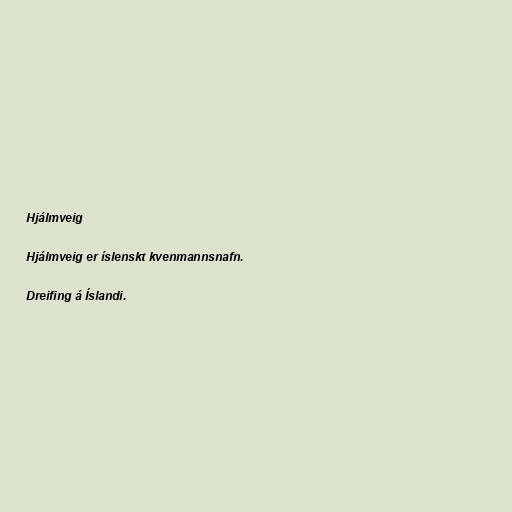
Hjálmveig

Hjálmveig er íslenskt kvenmannsnafn.

Dreifing á Íslandi.